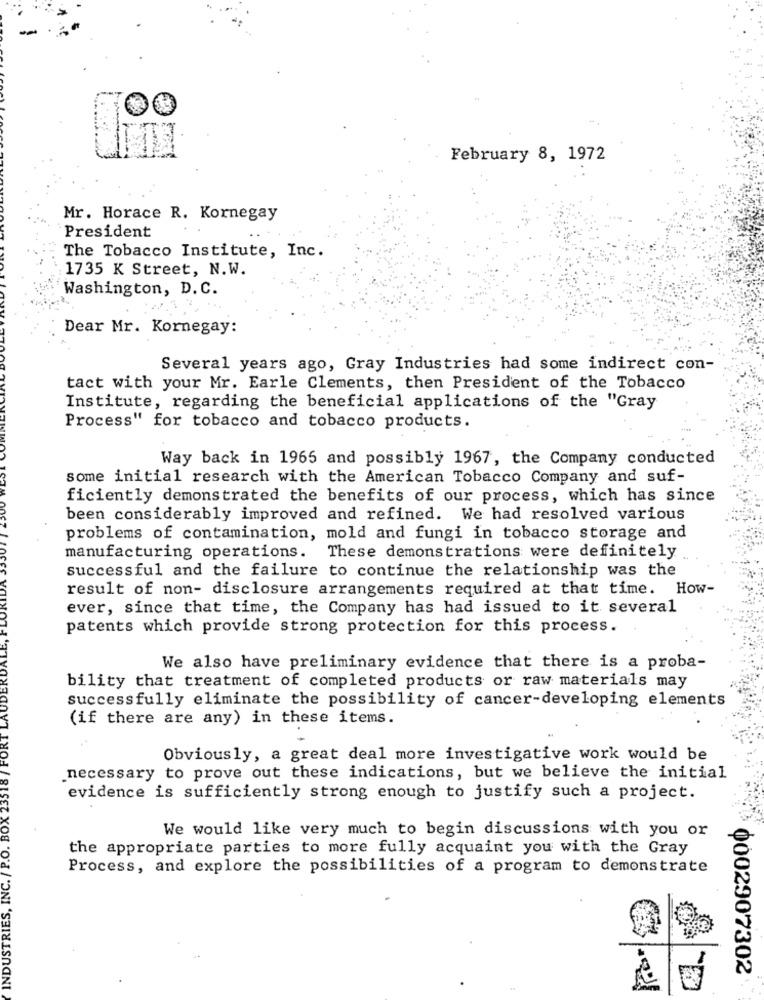
February 8, 1972
Mr. Horace R. Kornegay
President
The Tobacco Institute, Inc.
1735 K Street, N.W.
Washington, D. C.
Dear Mr. Kornegay:
Several years ago, Gray Industries had some indirect con-
tact with your Mr. Earle Clements, then President of the Tobacco
Institute, regarding the beneficial applications of the "Gray
Process" for tobacco and tobacco products.
Way back in 1965 and possibly 1967, the Company conducted
some initial research with the American Tobacco Company and suf-
ficiently demonstrated the benefits of our process, which has since
been considerably improved and refined. We had resolved various
problems of contamination, mold and fungi in tobacco storage and
manufacturing operations. These demonstrations were definitely
successful and the failure to continue the relationship was the
result of non- disclosure arrangements required at that time. How-
ever, since that time, the Company has had issued to it several
patents which provide strong protection for this process.
We also have preliminary evidence that there is a proba-
bility that treatment of completed products or raw materials may
successfully eliminate the possibility of cancer-developing elements
(if there are any) in these items.
Obviously, a great deal more investigative work would be
necessary to prove out these indications, but we believe the initial
evidence is sufficiently strong enough to justify such a project.
We would like very much to begin discussions with you or
the appropriate parties to more fully acquaint you with the Gray
Process, and explore the possibilities of a program to demonstrate
INDUSTRIES.
0002907302